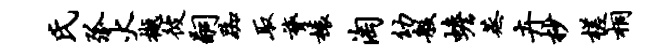
氏弧火樾彼嗣踟取膂榱淘幼般蟾蒸卉杪槎桐